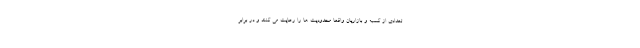
تعدادی از کسبه و بازاریان واقعا محدودیت ها را رعایت می کنند و در برابر